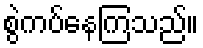
စွဲကပ်နေကြသည်။